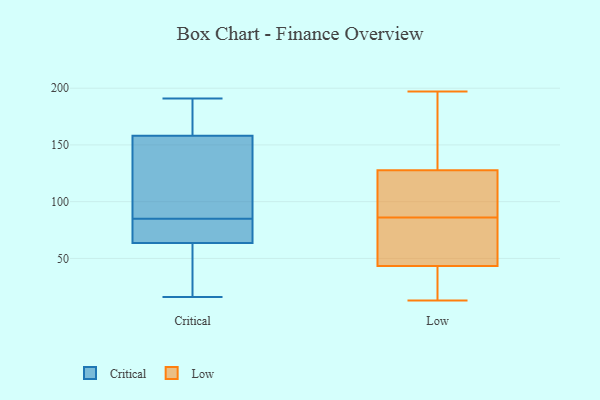
{"axis": {"x": "Latency (ms)", "y": "Value"}, "legend": ["Critical", "Low"], "data": [{"x": "", "y": 30, "type": "Critical"}, {"x": "", "y": 78, "type": "Critical"}, {"x": "", "y": 189, "type": "Critical"}, {"x": "", "y": 67, "type": "Critical"}, {"x": "", "y": 67, "type": "Critical"}, {"x": "", "y": 139, "type": "Critical"}, {"x": "", "y": 16, "type": "Critical"}, {"x": "", "y": 92, "type": "Critical"}, {"x": "", "y": 152, "type": "Critical"}, {"x": "", "y": 191, "type": "Critical"}, {"x": "", "y": 134, "type": "Critical"}, {"x": "", "y": 174, "type": "Critical"}, {"x": "", "y": 21, "type": "Critical"}, {"x": "", "y": 164, "type": "Critical"}, {"x": "", "y": 60, "type": "Critical"}, {"x": "", "y": 69, "type": "Critical"}, {"x": "", "y": 197, "type": "Low"}, {"x": "", "y": 91, "type": "Low"}, {"x": "", "y": 13, "type": "Low"}, {"x": "", "y": 27, "type": "Low"}, {"x": "", "y": 86, "type": "Low"}, {"x": "", "y": 46, "type": "Low"}, {"x": "", "y": 75, "type": "Low"}, {"x": "", "y": 101, "type": "Low"}, {"x": "", "y": 172, "type": "Low"}, {"x": "", "y": 113, "type": "Low"}, {"x": "", "y": 48, "type": "Low"}, {"x": "", "y": 172, "type": "Low"}, {"x": "", "y": 35, "type": "Low"}]}